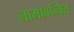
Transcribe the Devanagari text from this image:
लाभावन्वित